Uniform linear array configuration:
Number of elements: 48
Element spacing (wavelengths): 0.5
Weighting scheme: blackman
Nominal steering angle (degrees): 15
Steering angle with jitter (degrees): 16.212
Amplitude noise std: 0.05
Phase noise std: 0.05

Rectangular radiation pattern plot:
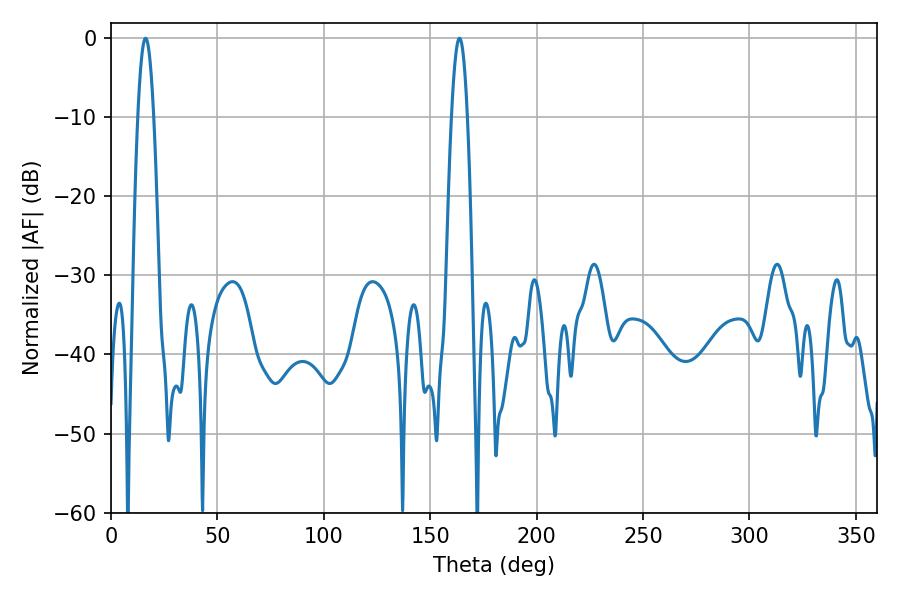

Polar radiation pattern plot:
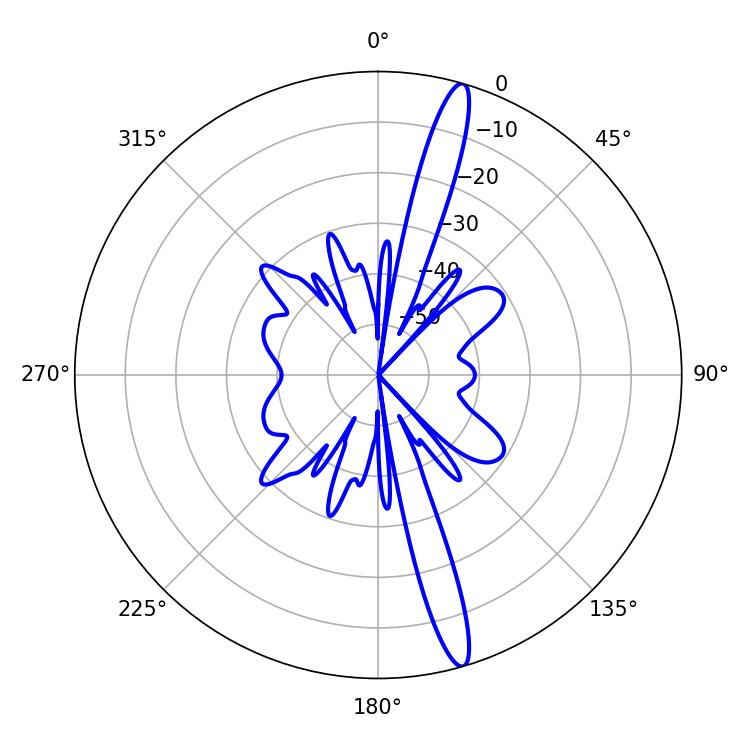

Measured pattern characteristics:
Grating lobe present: FALSE
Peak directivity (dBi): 16.641
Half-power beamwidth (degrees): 4.14
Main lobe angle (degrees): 16.2